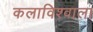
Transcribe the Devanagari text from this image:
कलाविश्वाला